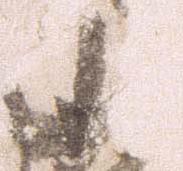
山